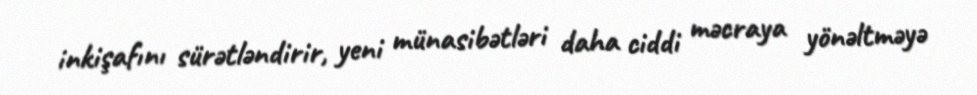
inkişafını sürətləndirir, yeni münasibətləri daha ciddi məcraya yönəltməyə